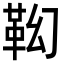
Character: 𩉷